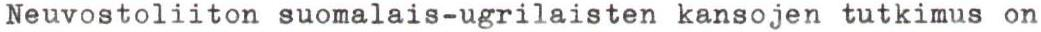
Neuvostoliiton suomalais-ugrilaisten kansojen tutkimus on